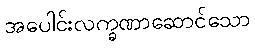
အပေါင်းလက္ခဏာဆောင်သော